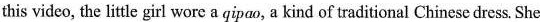
this video, the little girl wore a qipao, a kind of traditional Chinese dress. She